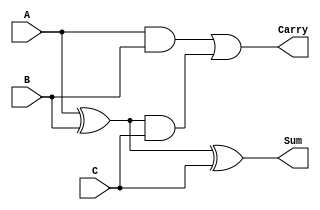
module CarrySaveAdder(
    input [3:0] A,      // 4-bit input A
    input [3:0] B,      // 4-bit input B
    input [3:0] C,      // 4-bit input C
    output [3:0] Sum,   // 4-bit sum output
    output [3:0] Carry  // 4-bit carry output
);
    // Internal wires to hold partial sums and carries
    wire [3:0] partial_sum_0, partial_sum_1;
    wire [3:0] carry_0, carry_1;

    // First stage of Carry Save Addition
    // Full Adder logic: Sum = A XOR B XOR C, Carry = (A AND B) + (A AND C) + (B AND C)
    assign partial_sum_0 = A ^ B;           // Initial partial sum of A and B
    assign carry_0 = A & B;                  // Carry between A and B
    assign partial_sum_1 = partial_sum_0 ^ C; // Sum with C
    assign carry_1 = carry_0 | (partial_sum_0 & C); // Carry from sum and C

    // Final stage addition: Using a simple Ripple Carry Adder or another CSA
    assign Sum = partial_sum_1; // The final sum output
    assign Carry = carry_1;      // The final carry output

endmodule